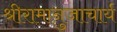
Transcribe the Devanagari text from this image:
श्रीरामानुजाचार्य